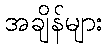
အချိန်များ